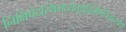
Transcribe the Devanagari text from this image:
निक्षिपेदस्थिमध्येतुशुद्धिर्भवतिनान्यथा